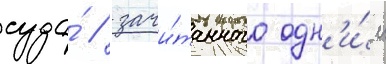
суда́ / зачи́танного одн'и́м